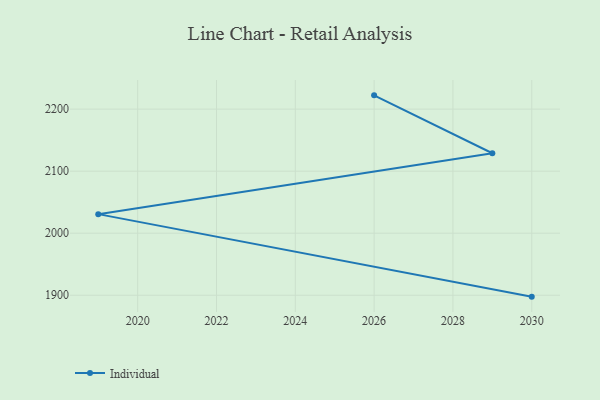
{"axis": {"x": "Year", "y": "Satisfaction Score"}, "legend": ["Individual"], "data": [{"x": "2030", "y": 1897.7, "type": "Individual"}, {"x": "2019", "y": 2030.7, "type": "Individual"}, {"x": "2029", "y": 2128.9, "type": "Individual"}, {"x": "2026", "y": 2222.2, "type": "Individual"}]}